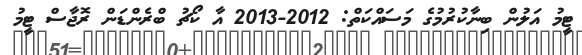
ޓީމު އަލުން ބިނާކުރުމުގެ މަސައްކަތް: 2012-2013 އާ ކޯޗު ބްރެންޑަން ރޮޖާސް ޓީމު